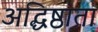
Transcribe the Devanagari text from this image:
अद्धिष्ठाता